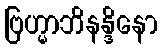
ဗြဟ္မာဘိနန္ဒိနော